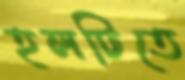
হলটিতে